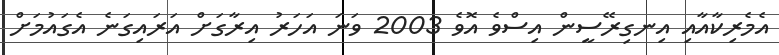
އެމެރިކާއާއި އިނގިރޭސީން އިސްވެ އޮވެ 2003 ވަނަ އަހަރު އިރާގަށް އަރައިގަނެ އެގައުމަށް